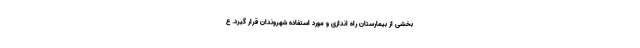
بخشی از بیمارستان راه اندازی و مورد استفاده شهروندان قرار گیرد. ع